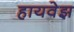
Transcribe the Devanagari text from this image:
हायवेझ